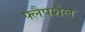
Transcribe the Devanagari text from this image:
फ्लैपशेल